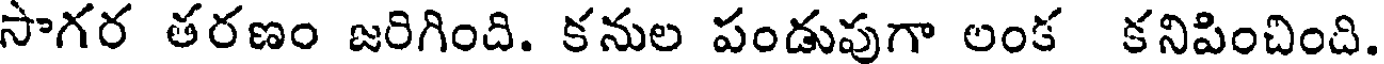
సాగర తరణం జరిగింది. కనుల పండుపుగా అంక కనిపించింది.